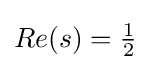
{\textstyle Re(s)={\tfrac {1}{2}}}